Vaccine operations Central Provinces 1868-1885 - 1868-1885
Year: 1868
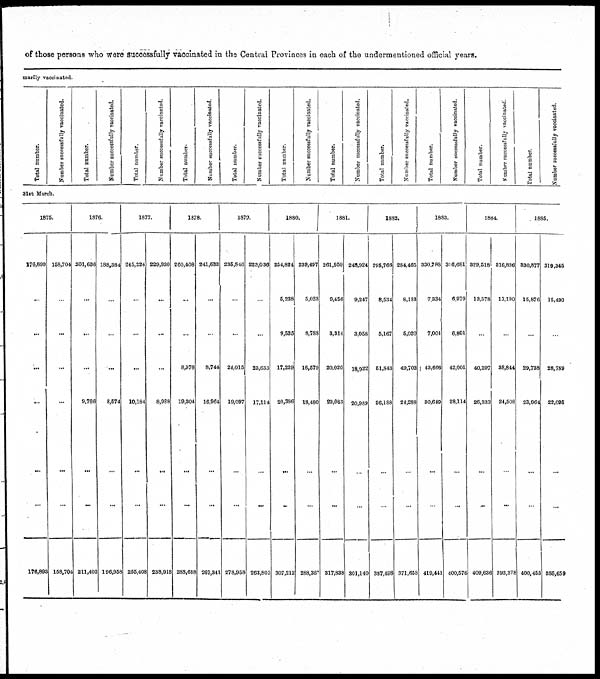
of those persons who were successfully vaccinated in the Central Provinces in each of the undermentioned official years.
marily vaccinated.
Total number.
Number successfully vaccinated.
Total number.
Number successfully vaccinated,
Total number.
Number successfully vaccinated.
Total number.
Number successfully vaccinated.
Total number.
Number successfully vaccinated.
Total number.
Number successfully vaccinated.
Total number.
Number successfully vaccinated,
Total number.
Number successfully vaccinated.
Total number.
Number successfully vaccinated.
Total number.
Number successfully vaccinated.
Total number.
Number successfully vaccinated.
31st March.
1875.
176,898
...
...
...
...
...
...
176,893
168,704
...
...
...
...
...
...
158,704
1876.
201,636
...
...
...
9,766
...
...
211,402
188,384
...
...
...
8,574
...
...
196,958
1877.
245,224
...
...
...
10,184
...
...
255,408
229,930
...
...
...
8,988
...
...
238,918
1878.
260,408
...
...
8,976
19,304
...
...
288,688
241,633
...
...
8,744
16,964
...
...
267,341
1879.
235,846
...
...
24,015
19,097
...
...
278,958
223,036
...
...
23,653
17,114
...
...
263,803
1880.
254,824
5,238
9,535
17,229
20,386
...
...
307,212
239,497
5,023
8,788
16,579
18,480
...
...
288,367
1881.
261,959
9,456
3,314
20,026
23,083
...
...
317,838
248,924
9,247
3,058
18,922
20,989
...
...
301,140
1882.
295,766
8,534
5,167
51,843
26,188
...
...
387,498
284,465
8,183
5,020
49,702
24,288
...
...
371,658
1883.
330,788
7,334
7,004
43,666
30,649
...
...
419,441
316,681
6,979
6,801
42,001
28,114
...
...
400,576
1884.
329,518
13,578
...
40,207
26,333
...
...
3 409,636
316,836
13,190
...
38,844
24,508
...
...
393,378
1885.
330,877
15,876
...
29,738
23,964
...
...
400,455
319,345
15,430
...
28,789
22,095
...
...
385,659